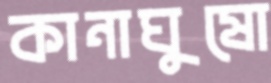
কানাঘুষো